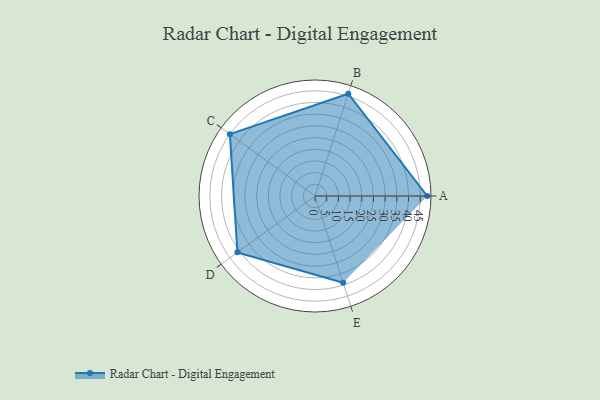
{"axis": {"x": "Skill", "y": "Score"}, "legend": ["Profile"], "data": [{"x": "A", "y": 48.0, "type": "Profile"}, {"x": "B", "y": 46.0, "type": "Profile"}, {"x": "C", "y": 45.0, "type": "Profile"}, {"x": "D", "y": 41.0, "type": "Profile"}, {"x": "E", "y": 39.0, "type": "Profile"}]}